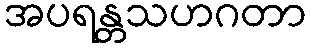
အပရန္တသဟဂတာ